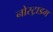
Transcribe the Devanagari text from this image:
नोस्ट्राडम